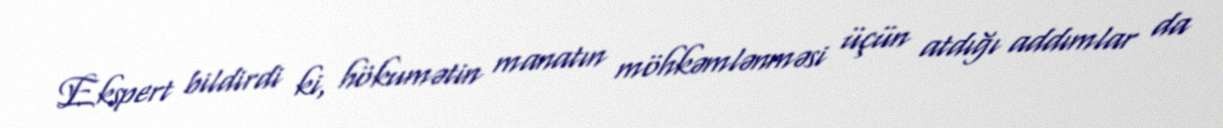
Ekspert bildirdi ki, hökumətin manatın möhkəmlənməsi üçün atdığı addımlar da